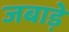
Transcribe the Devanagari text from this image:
जबाड़े